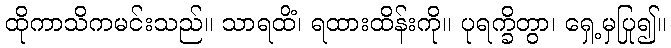
ထိုကာသိကမင်းသည်။ သာရထိံ၊ ရထားထိန်းကို။ ပုရက္ခိတွာ၊ ရှေ့မှပြု၍။